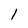
Character: 1